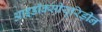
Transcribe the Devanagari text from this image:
आइडॉक्सीयूरिडीन